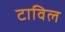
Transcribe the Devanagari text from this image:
टाविल